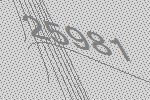
25981